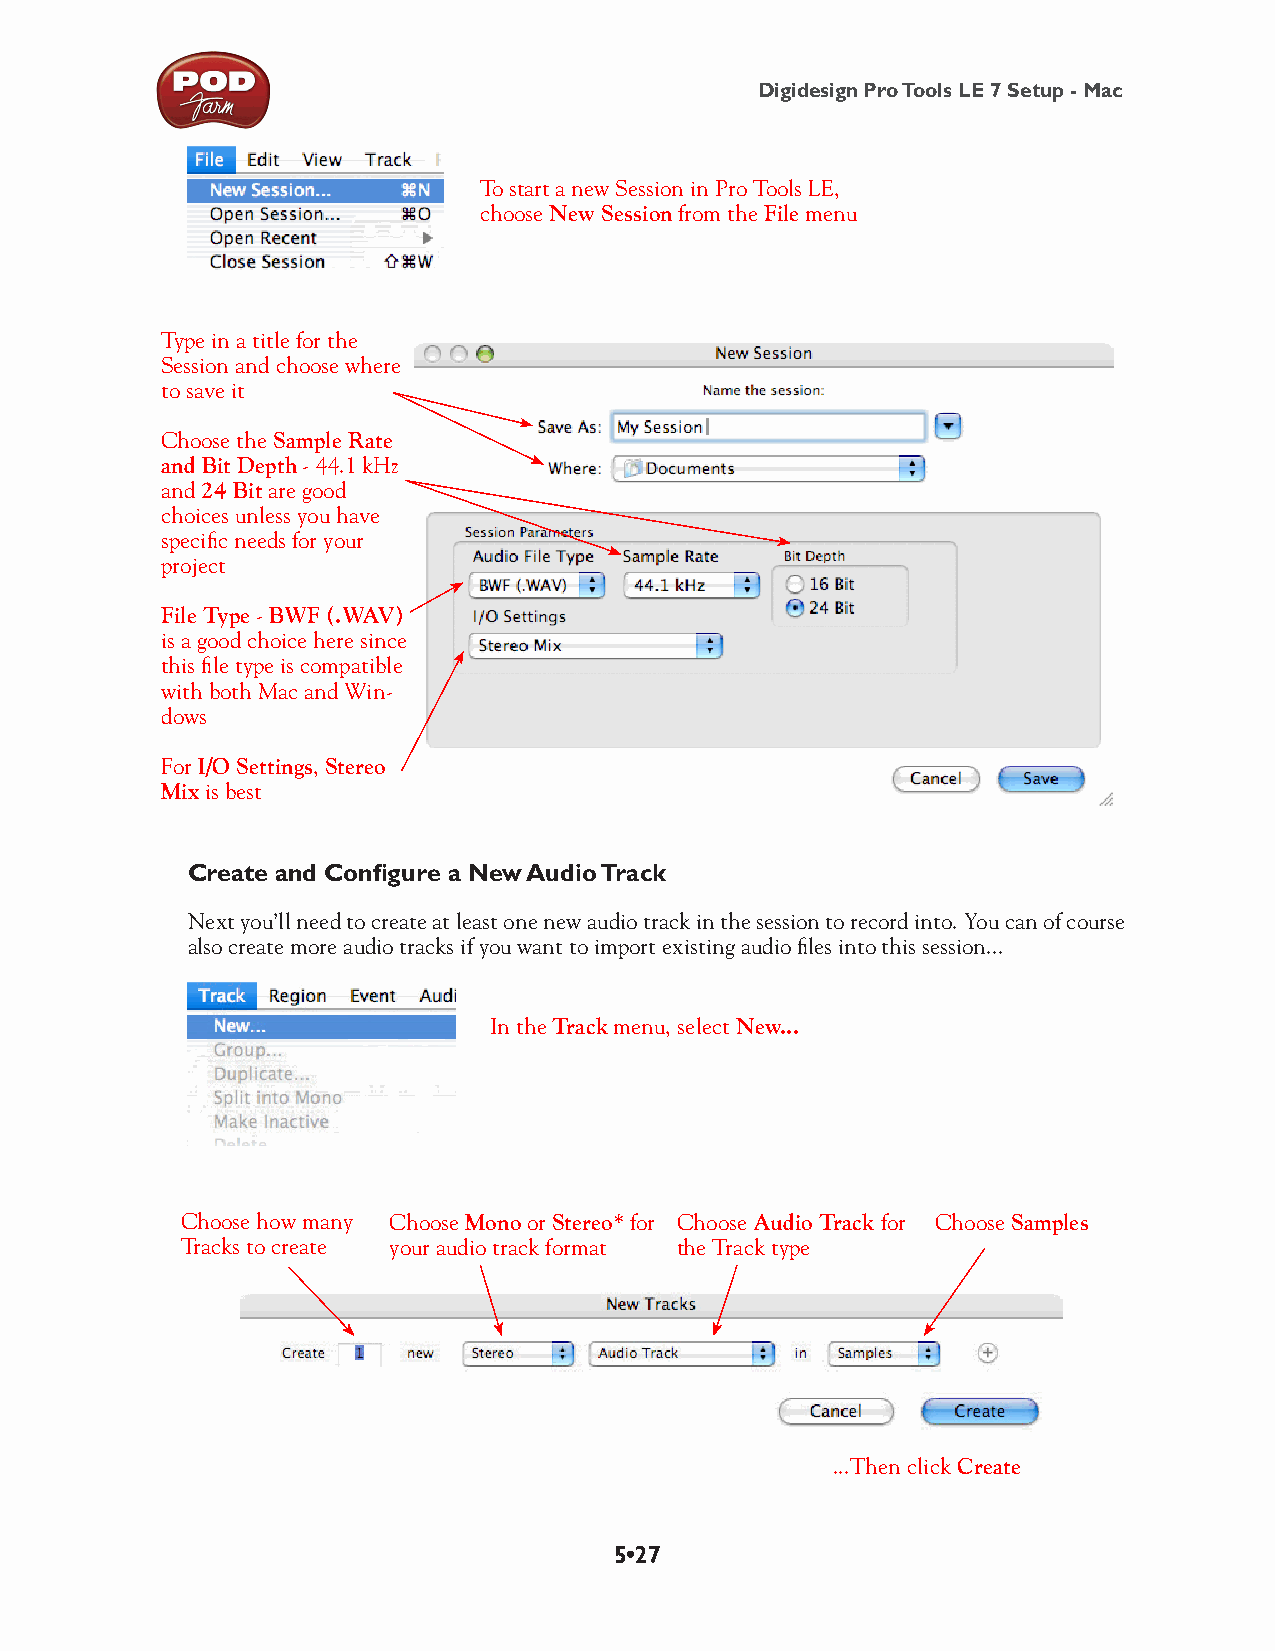
Digidesign Pro Tools LE 7 Setup - Mac
 To start a new Session in Pro Tools LE,
 choose New Session from the File menu
 Type in a title for the
 Session and choose where
 to save it
 Choose the Sample Rate
 and Bit Depth - 44.1 kHz
 and 24 Bit are good
 choices unless you have
 specific needs for your
 project
 File Type - BWF (.WAV)
 is a good choice here since
 this file type is compatible
 with both Mac and Win-
 dows
 For I/O Settings, Stereo
 Mix is best
 Create and Configure a New Audio Track
 Next you’ll need to create at least one new audio track in the session to record into. You can of course
 also create more audio tracks if you want to import existing audio files into this session...
 In the Track menu, select New...
 Choose how many Choose Mono or Stereo* for Choose Audio Track for Choose Samples
 Tracks to create your audio track format the Track type
 ...Then click Create
 5•27